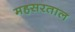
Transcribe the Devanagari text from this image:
महसरताल